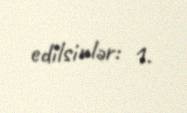
edilsinlər: 1.